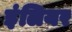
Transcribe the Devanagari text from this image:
इंलियर